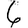
Digit: 6